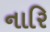
નારિ